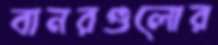
বানরগুলোর